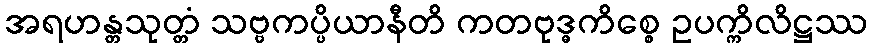
အရဟန္တသုတ္တံ သဗ္ဗကပ္ပိယာနီတိ ကတဗုဒ္ဓကိစ္စေ ဥပက္ကိလိဋ္ဌဿ